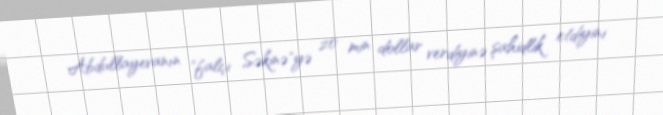
Abdullayevanın "falçı Səkinə"yə 20 min dollar verdiyinə şahidlik etdiyini